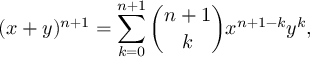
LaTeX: ( x + y ) ^ { n + 1 } = \sum _ { k = 0 } ^ { n + 1 } { \binom { n + 1 } { k } } x ^ { n + 1 - k } y ^ { k } ,